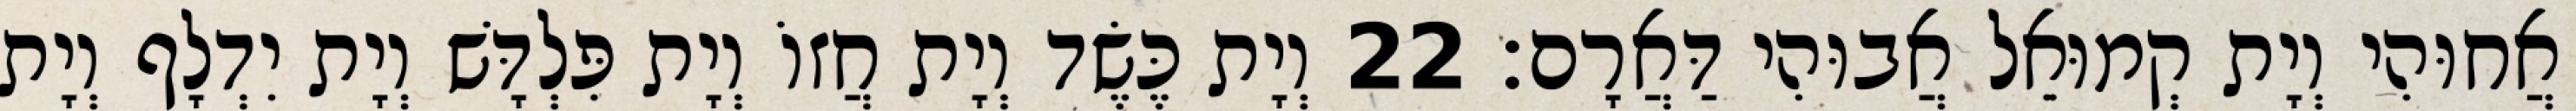
אֲחוּהִי וְיָת קְמוּאֵל אֲבוּהִי דַּאֲרָם׃ 22 וְיָת כֶּשֶׂד וְיָת חֲזוֹ וְיָת פִּלְדָּשׁ וְיָת יִדְלָף וְיָת